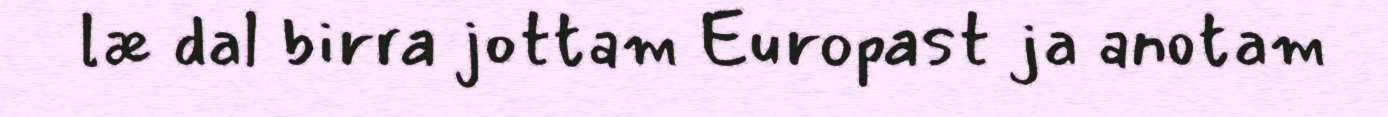
læ dal birra jottam Europast ja anotam